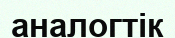
аналогтік